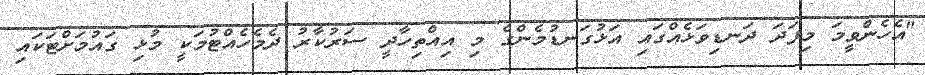
"އެހެންވީމަ މިފަދަ ދަނޑިވަޅެއްގައި އަޅުގަނޑުމެންގެ މި އިއްތިހާދީ ސަރުކާރު ދެމެހެއްޓުމަކީ މުޅި ގައުމަށްޓަކައި